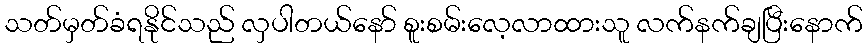
သတ်မှတ်ခံရနိုင်သည် လှပါတယ်နော် စူးစမ်းလေ့လာထားသူ လက်နက်ချပြီးနောက်